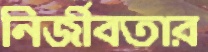
নির্জীবতার